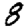
Digit: 8